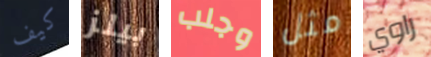
كيف بيلز وجلب مثل راوي